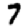
Digit: 7